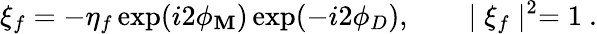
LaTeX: \xi_{f}=-\eta_{f}\exp(i2\phi_{\mathbf{M}})\exp(-i2\phi_{D}),\qquad\mid\xi_{f}\mid^{2}=1~.